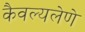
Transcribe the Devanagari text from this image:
कैवल्यलेणे